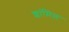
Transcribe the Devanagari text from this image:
शांमिल